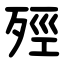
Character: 殌